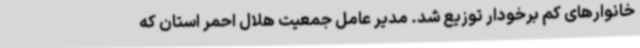
خانوارهای کم برخودار توزیع شد. مدیر عامل جمعیت هلال احمر استان که